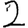
Digit: 2